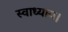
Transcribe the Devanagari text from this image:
स्वाध्याय।